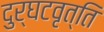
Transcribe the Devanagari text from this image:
दुर्घटवृत्ति